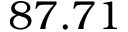
8 7 . 7 1